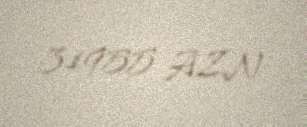
31955 AZN